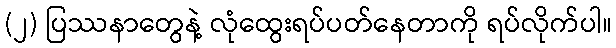
(၂) ပြဿနာတွေနဲ့ လုံထွေးရပ်ပတ်နေတာကို ရပ်လိုက်ပါ။